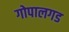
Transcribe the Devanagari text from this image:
गोपालगड